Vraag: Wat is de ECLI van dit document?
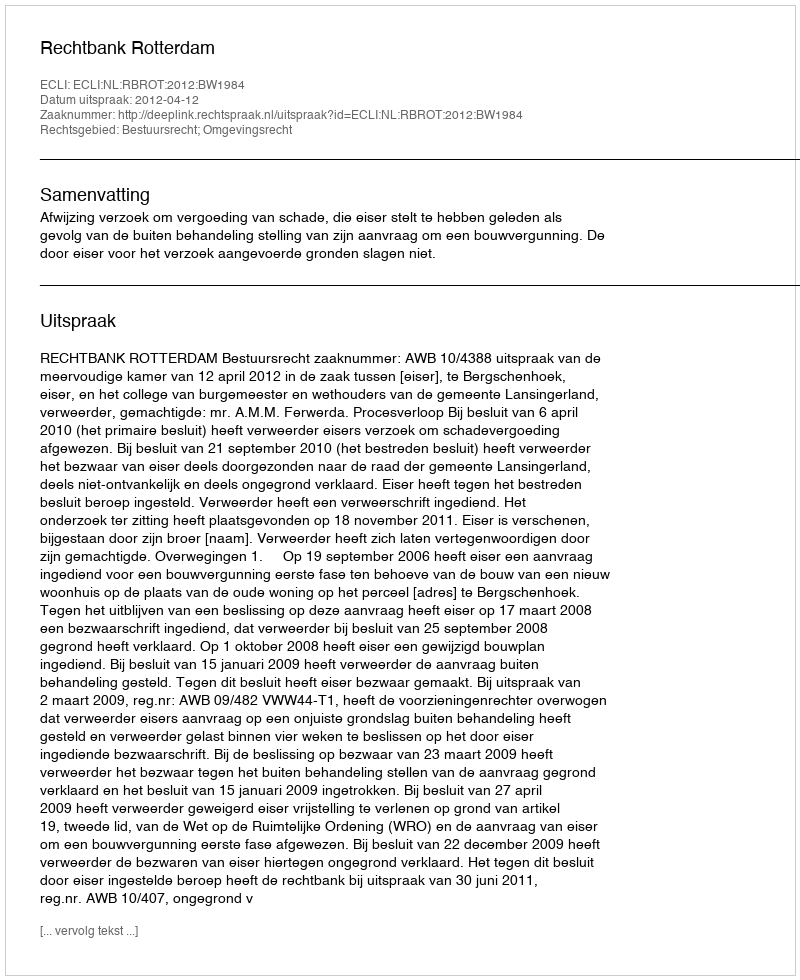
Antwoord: ECLI:NL:RBROT:2012:BW1984